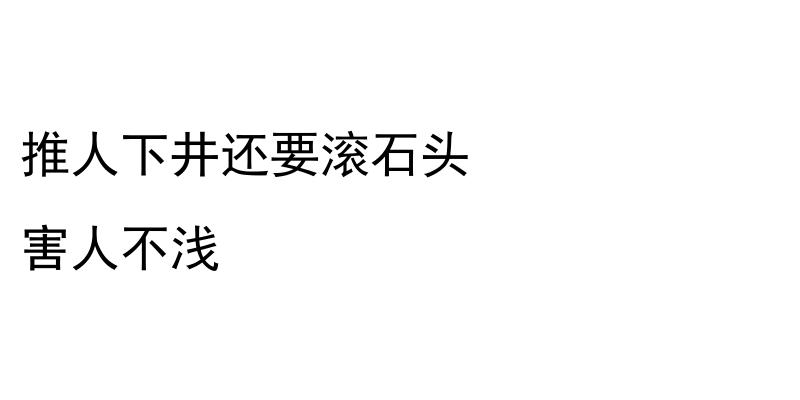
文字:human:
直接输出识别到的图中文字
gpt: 推人下井还要滚石头 害人不浅